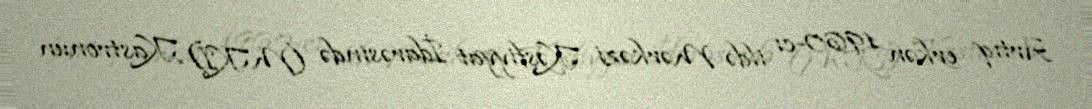
Artıq erkən 1960-cı ildə Mərkəzi Kəşfiyyat İdarəsində (MKİ) Kastronun